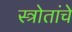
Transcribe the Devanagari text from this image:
स्त्रोतांचे